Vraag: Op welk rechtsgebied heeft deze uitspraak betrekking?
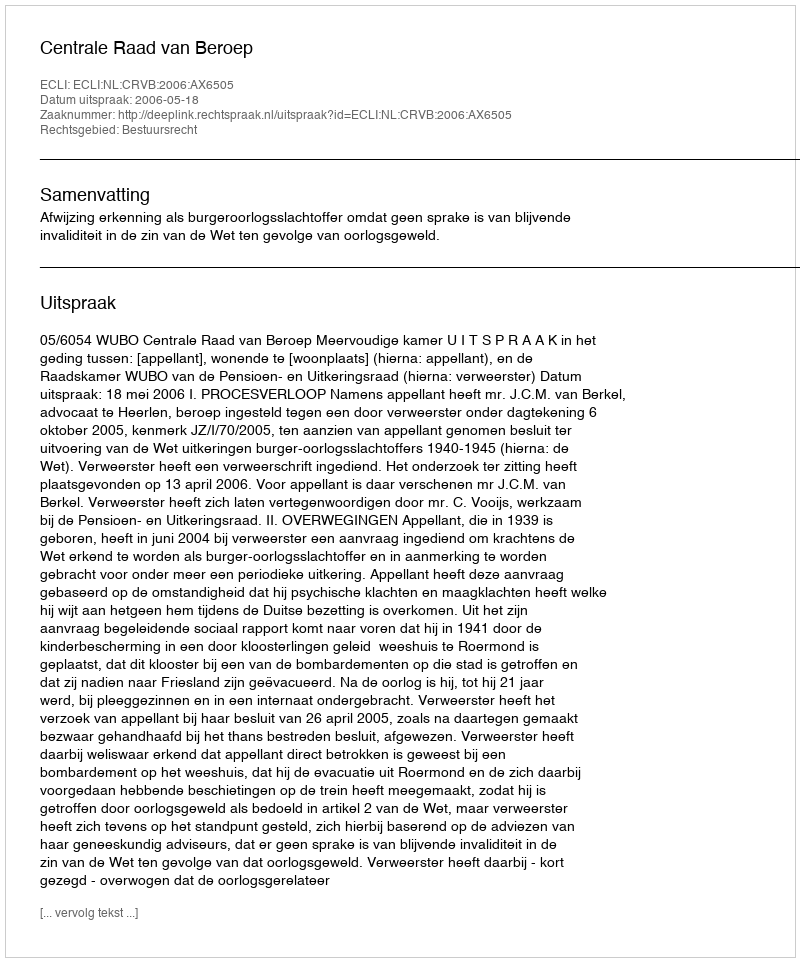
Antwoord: Bestuursrecht